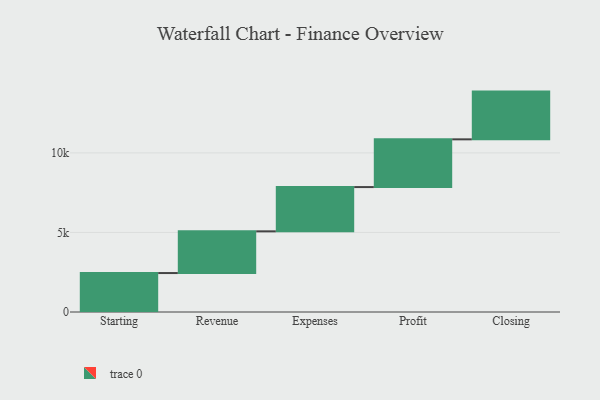
{"axis": {"x": "Step", "y": "Value"}, "legend": [""], "data": [{"x": "Starting", "y": 2448.0, "type": ""}, {"x": "Revenue", "y": 2621.0, "type": ""}, {"x": "Expenses", "y": 2782.0, "type": ""}, {"x": "Profit", "y": 3000, "type": ""}, {"x": "Closing", "y": 3000, "type": ""}]}